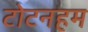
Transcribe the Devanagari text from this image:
टोटनहम